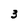
Character: 3